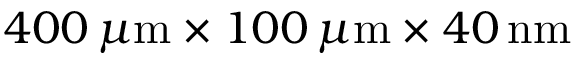
4 0 0 \, \mu \mathrm { m } \times 1 0 0 \, \mu \mathrm { m } \times 4 0 \, \mathrm { n m }